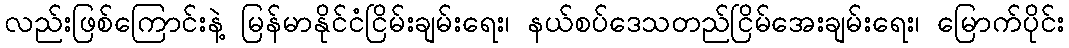
လည်းဖြစ်ကြောင်းနဲ့ မြန်မာနိုင်ငံငြိမ်းချမ်းရေး၊ နယ်စပ်ဒေသတည်ငြိမ်အေးချမ်းရေး၊ မြောက်ပိုင်း